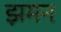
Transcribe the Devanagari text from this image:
झमन